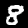
Label: 8